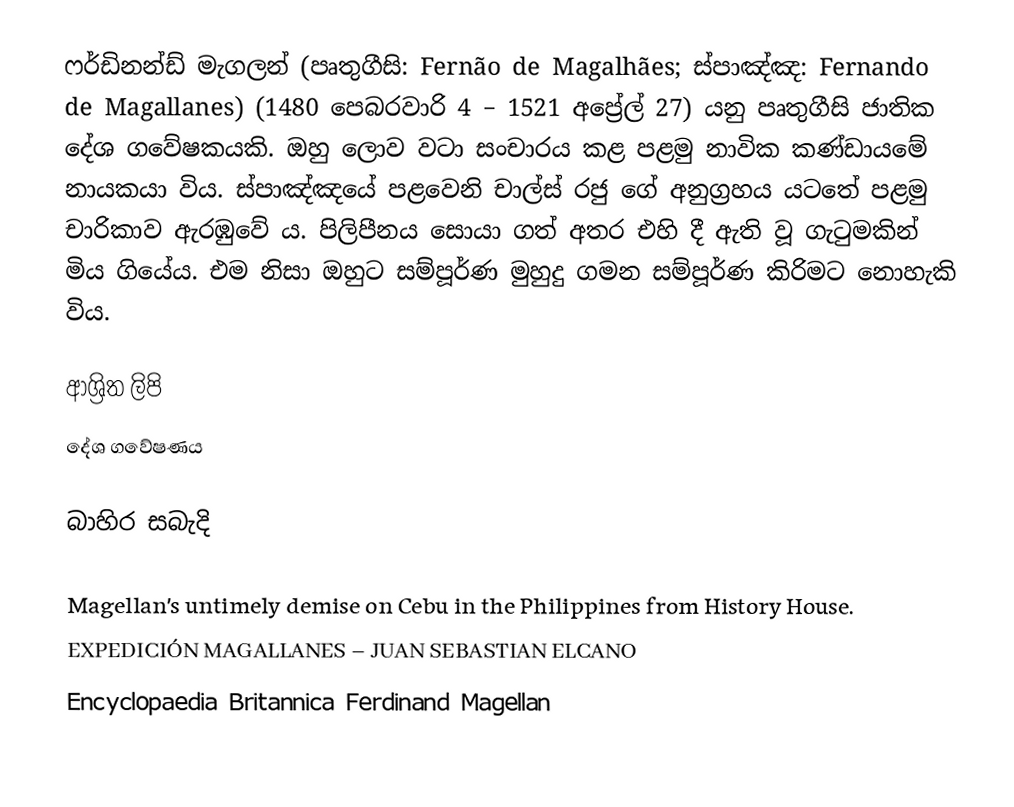
ෆර්ඩිනන්ඩ් මැගලන් (පෘතුගීසි: Fernão de Magalhães; ස්පාඤ්ඤ: Fernando de Magallanes) (1480 පෙබරවාරි 4 – 1521 අප්‍රේල් 27) යනු පෘතුගීසි ජාතික දේශ ගවේෂකයකි. ඔහු ලොව වටා සංචාරය කළ පළමු නාවික කණ්ඩායමේ නායකයා විය. ස්පාඤ්ඤයේ පළවෙනි චාල්ස් රජු ගේ අනුග්‍රහය යටතේ පළමු චාරිකාව ඇරඹුවේ ය. පිලිපීනය සොයා ගත් අතර එහි දී ඇති වූ ගැටුමකින් මිය ගියේය. එම නිසා ඔහුට සම්පූර්ණ මුහුදු ගමන සම්පූර්ණ කිරිමට නොහැකි විය.

ආශ්‍රිත ලිපි
දේශ ගවේෂණය

බාහිර සබැදි

 Magellan's untimely demise on Cebu in the Philippines from History House.
 EXPEDICIÓN MAGALLANES – JUAN SEBASTIAN ELCANO
 Encyclopaedia Britannica Ferdinand Magellan